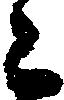
こ